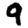
Digit: 9